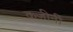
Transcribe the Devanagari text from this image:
कजीनी